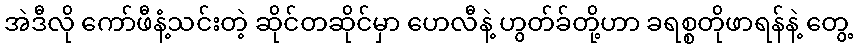
အဲဒီလို ကော်ဖီနံ့သင်းတဲ့ ဆိုင်တဆိုင်မှာ ဟေလီနဲ့ ဟွတ်ခ်တို့ဟာ ခရစ္စတိုဖာရန်နဲ့ တွေ့